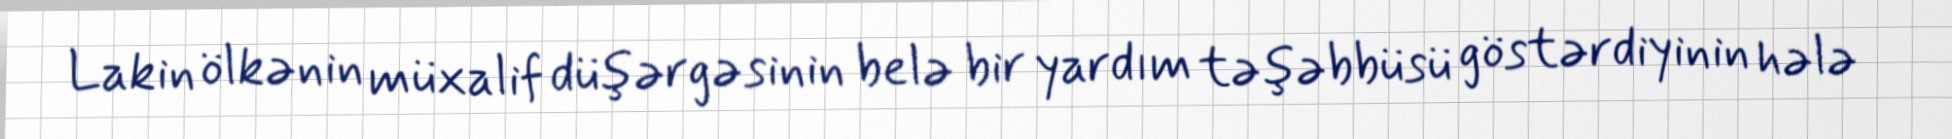
Lakin ölkənin müxalif düşərgəsinin belə bir yardım təşəbbüsü göstərdiyinin hələ